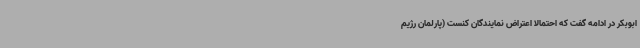
ابوبکر در ادامه گفت که احتمالا اعتراض نمایندگان کنست (پارلمان رژیم